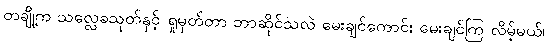
တချို့က သလ္လေခသုတ်နှင့် ရှုမှတ်တာ ဘာဆိုင်သလဲ မေးချင်ကောင်း မေးချင်ကြ လိမ့်မယ်၊